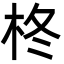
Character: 柊